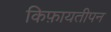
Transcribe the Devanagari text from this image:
किफ़ायतीपन